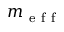
m _ { \mathrm { ~ e ~ f ~ f ~ } }